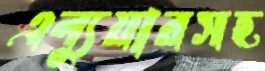
এল্যুয়ারসহ